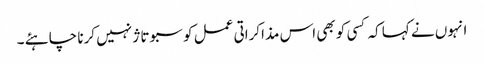
انہوں نے کہا کہ کسی کو بھی اس مذاکراتی عمل کو سبوتاژ نہیں کرنا چاہئے ۔